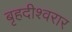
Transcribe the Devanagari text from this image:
बृहदीश्वरार